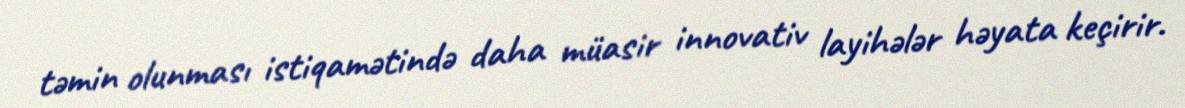
təmin olunması istiqamətində daha müasir innovativ layihələr həyata keçirir.